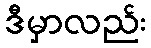
ဒီမှာလည်း